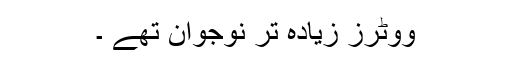
ووٹرز زیادہ تر نوجوان تھے ۔